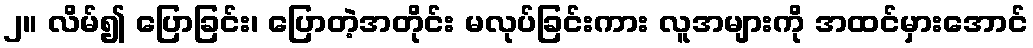
၂။ လိမ်၍ ပြောခြင်း၊ ပြောတဲ့အတိုင်း မလုပ်ခြင်းကား လူအများကို အထင်မှားအောင်